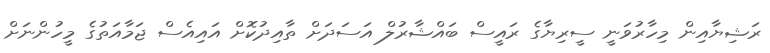
ރަޝިޔާއިން މިހާރުވަނީ ސީރިޔާގެ ރައީސް ބައްޝާރުލް އަސަދަށް ތާއިދުކޮށް އައިއެސް ޖަމާއަތުގެ މީހުންނަށް